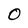
Character: 0